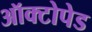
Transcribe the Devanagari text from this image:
ऑक्टोपेड